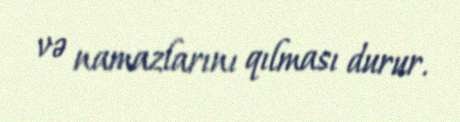
və namazlarını qılması durur.